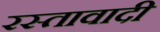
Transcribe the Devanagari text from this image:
रस्तावादी